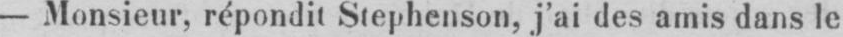
- .Monsieur, répondit Stephenson, j’ai des amis dans le